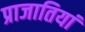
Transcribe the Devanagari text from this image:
प्राजातियां